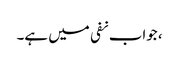
، جواب نفی میں ہے۔